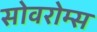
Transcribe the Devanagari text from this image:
सोवरोम्स